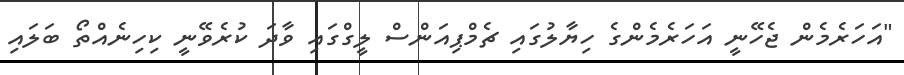
"އަހަރެމެން ޖެހޭނީ އަހަރެމެންގެ ހިޔާލުގައި ޗެމްޕިއަންސް ލީގްގައި ވާދަ ކުރެވޭނީ ކިހިނެއްތޯ ބަލައި